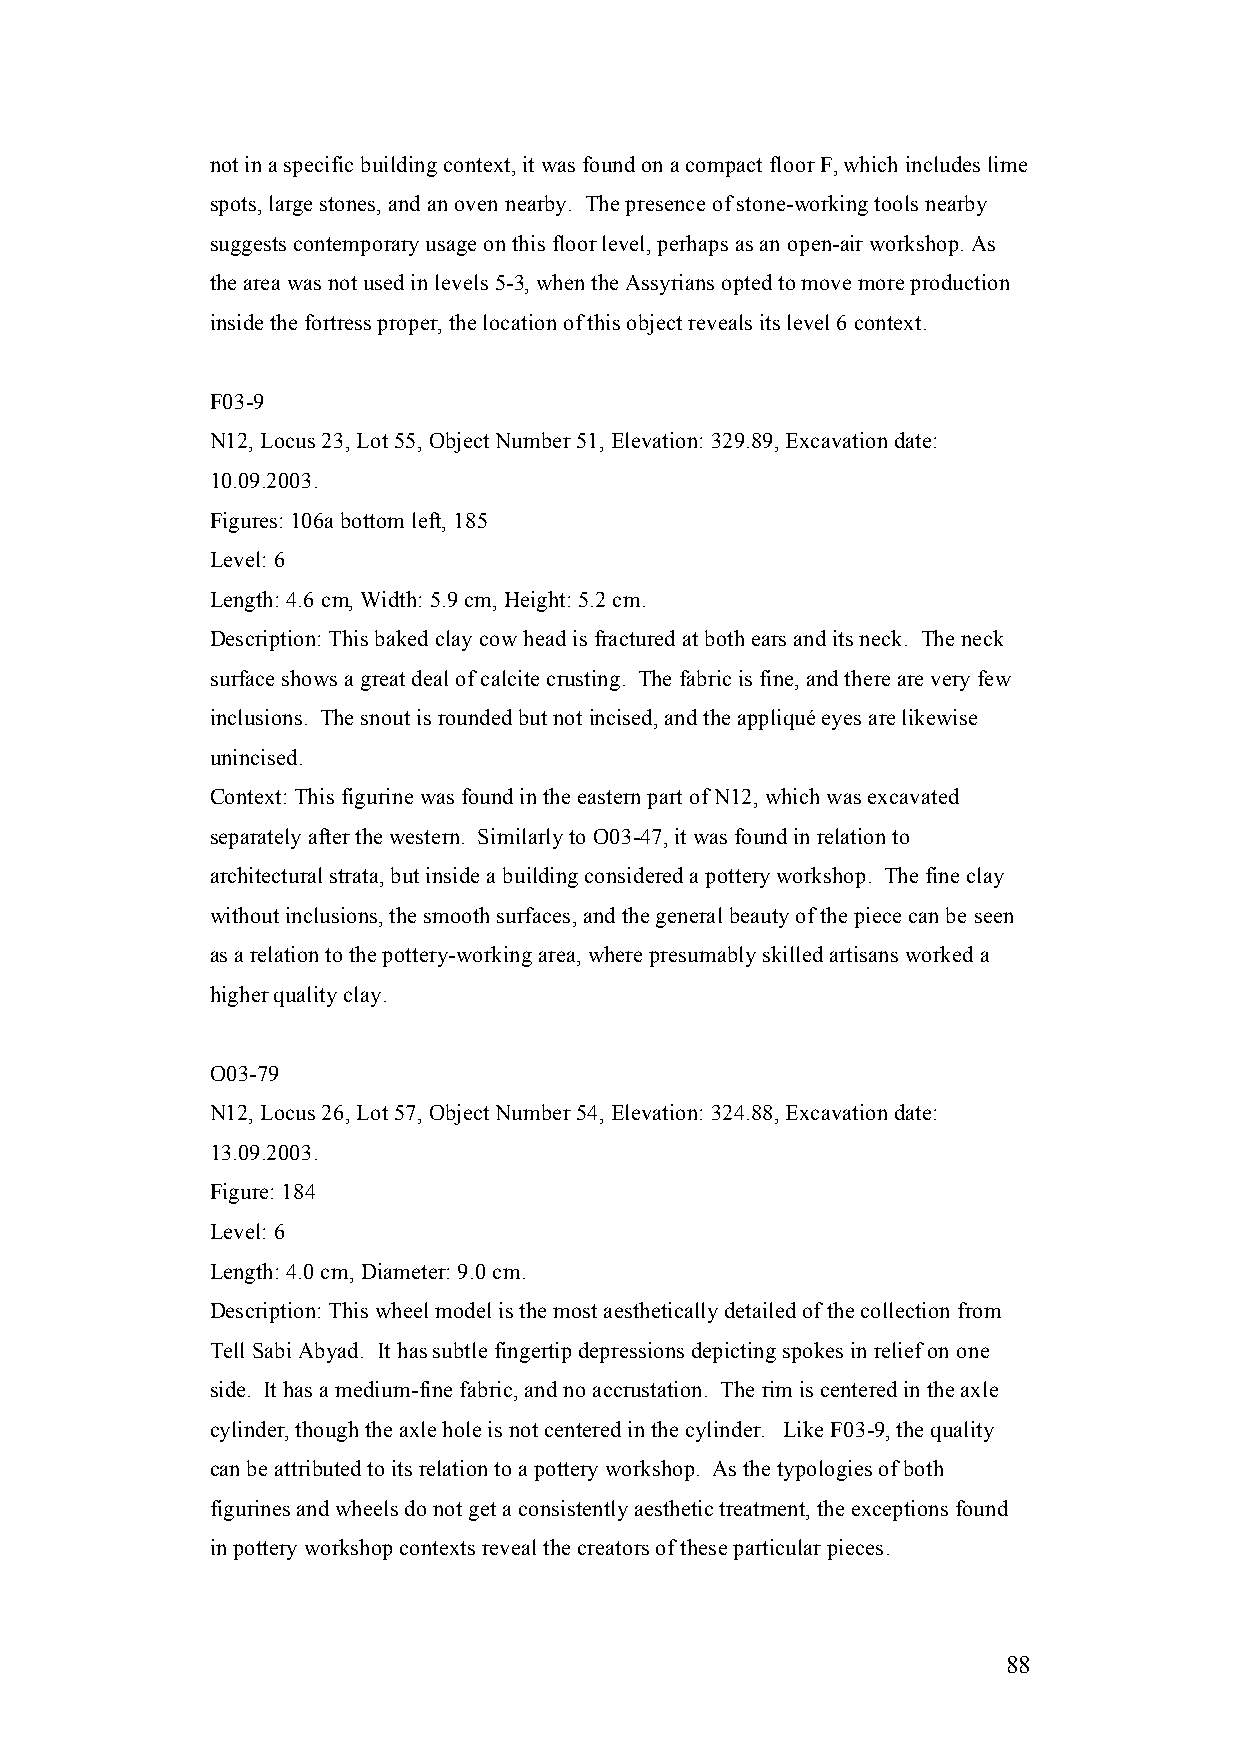
not in a specific building context, it was found on a compact floor F, which includes lime
 spots, large stones, and an oven nearby. The presence of stone-working tools nearby
 suggests contemporary usage on this floor level, perhaps as an open-air workshop. As
 the area was not used in levels 5-3, when the Assyrians opted to move more production
 inside the fortress proper, the location of this object reveals its level 6 context.
 F03-9
 N12, Locus 23, Lot 55, Object Number 51, Elevation: 329.89, Excavation date:
 10.09.2003.
 Figures: 106a bottom left, 185
 Level: 6
 Length: 4.6 cm, Width: 5.9 cm, Height: 5.2 cm.
 Description: This baked clay cow head is fractured at both ears and its neck. The neck
 surface shows a great deal of calcite crusting. The fabric is fine, and there are very few
 inclusions. The snout is rounded but not incised, and the appliqué eyes are likewise
 unincised.
 Context: This figurine was found in the eastern part of N12, which was excavated
 separately after the western. Similarly to O03-47, it was found in relation to
 architectural strata, but inside a building considered a pottery workshop. The fine clay
 without inclusions, the smooth surfaces, and the general beauty of the piece can be seen
 as a relation to the pottery-working area, where presumably skilled artisans worked a
 higher quality clay.
 O03-79
 N12, Locus 26, Lot 57, Object Number 54, Elevation: 324.88, Excavation date:
 13.09.2003.
 Figure: 184
 Level: 6
 Length: 4.0 cm, Diameter: 9.0 cm.
 Description: This wheel model is the most aesthetically detailed of the collection from
 Tell Sabi Abyad. It has subtle fingertip depressions depicting spokes in relief on one
 side. It has a medium-fine fabric, and no accrustation. The rim is centered in the axle
 cylinder, though the axle hole is not centered in the cylinder. Like F03-9, the quality
 can be attributed to its relation to a pottery workshop. As the typologies of both
 figurines and wheels do not get a consistently aesthetic treatment, the exceptions found
 in pottery workshop contexts reveal the creators of these particular pieces.
 88